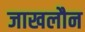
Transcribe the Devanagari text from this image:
जाखलौन